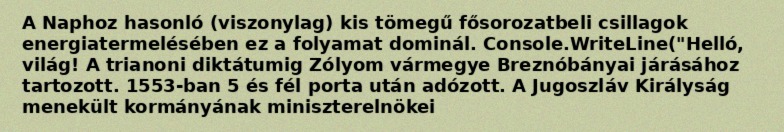
A Naphoz hasonló (viszonylag) kis tömegű fősorozatbeli csillagok energiatermelésében ez a folyamat dominál. Console.WriteLine("Helló, világ! A trianoni diktátumig Zólyom vármegye Breznóbányai járásához tartozott. 1553-ban 5 és fél porta után adózott. A Jugoszláv Királyság menekült kormányának miniszterelnökei